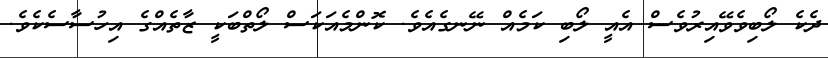
ދެކެ ލޯބިވެވޭއިރުވެސް އެއީ ލޯބި ކަމެއް ނޭނގެއެވެ. ކޮންމެއަކަސް ލޯތްބަކީ ޒާތެއްގެ އިހުސާސެެކެވެ.